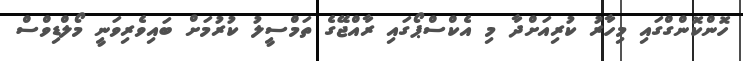
ހޮންކޮންގްގައި މިހާރު ކުރިއަށްދާ މި އެކްސްޕޯގައި ރާއްޖޭގެ ތަމްސީލު ކުރުމަށް ބައިވެރިވަނީ މޯލްޑިވްސް